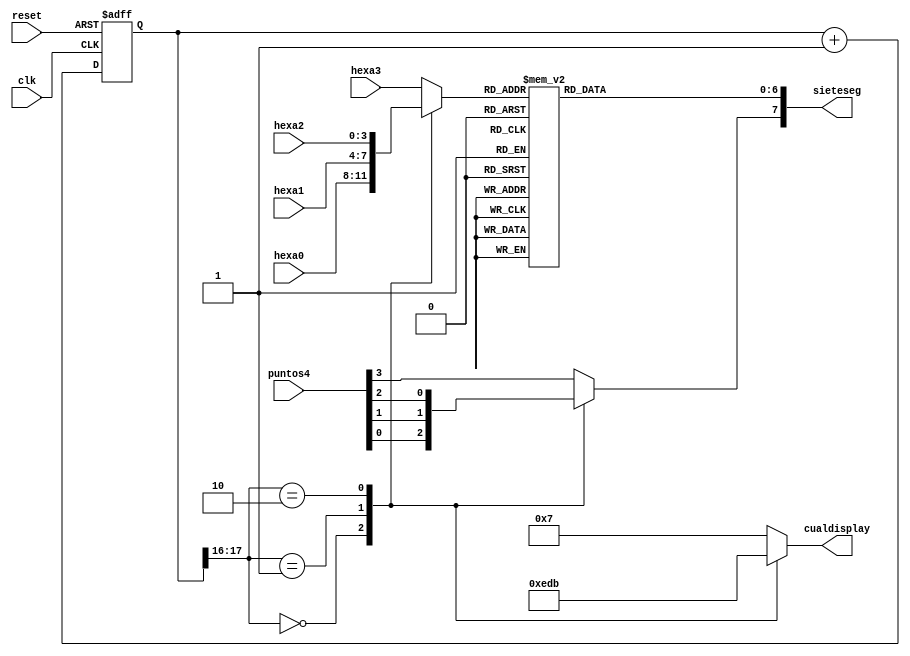
`timescale 1ns / 1ps
//////////////////////////////////////////////////////////////////////////////////
// Company: 
// Engineer: 
// 
// Design Name: 
// Module Name:    Timemultiplexhexa 
// Project Name: 
// Target Devices: 
// Tool versions: 
// Description: 
//
// Dependencies: 
//
// Revision: 
// Revision 0.01 - File Created
// Additional Comments: 
//
//////////////////////////////////////////////////////////////////////////////////
module Timemultiplexhexa
	(
		input wire clk, reset,
		input wire [3:0] hexa3, hexa2, hexa1, hexa0, //numeros en hexa
		input wire [3:0] puntos4,//Los puntos de cada display
		output reg [3:0] cualdisplay, //Habilita el display que se ocupe
		output reg [7:0] sieteseg //Leds de display
    );
//Declaracion de contsnates 
//Rango de refresco de 800Hz
localparam N=18;
//Declaracion de seales internas
reg [N-1:0] estadoactual;
wire [N-1:0] estadosig;
reg [3:0] hexaentrante;
reg punto;

//Contador de N-bits
always @(posedge clk, posedge reset)
	if (reset)
		estadoactual <= 0;
	else
		estadoactual <= estadosig;
//Logica estado siguiente
assign estadosig = estadoactual+1'b1;
//Los 2 MSB's controlan el mux
always@*
	case(estadoactual[N-1:N-2])
		2'b00:
			begin
				cualdisplay = 4'b1110;
				hexaentrante = hexa0;
				punto = puntos4[0];
			end
		2'b01:
			begin
				cualdisplay = 4'b1101;
				hexaentrante = hexa1;
				punto = puntos4[1];
			end
		2'b10:
			begin
				cualdisplay = 4'b1011;
				hexaentrante = hexa2;
				punto = puntos4[2];
			end
		default:
			begin
				cualdisplay = 4'b0111;
				hexaentrante = hexa3;
				punto = puntos4[3];
			end
	endcase

//Hexa a 7 segmentos led display
always @*
begin 
	case (hexaentrante)
		4'h0: sieteseg [6:0] = 7'b1000000;
		4'h1: sieteseg [6:0] = 7'b0000111;
		4'h2: sieteseg [6:0] = 7'b0100100;
		4'h3: sieteseg [6:0] = 7'b0110000;
		4'h4: sieteseg [6:0] = 7'b0001100;
		4'h5: sieteseg [6:0] = 7'b0010010;
		4'h6: sieteseg [6:0] = 7'b1111111;
		4'h7: sieteseg [6:0] = 7'b0001001;
		4'h8: sieteseg [6:0] = 7'b1000001;
		4'h9: sieteseg [6:0] = 7'b0000100;
		4'ha: sieteseg [6:0] = 7'b0001000;
		4'hb: sieteseg [6:0] = 7'b1100000;
		4'hc: sieteseg [6:0] = 7'b0110001;
		4'hd: sieteseg [6:0] = 7'b1000010;
		4'he: sieteseg [6:0] = 7'b0000110;
		default: sieteseg [6:0] = 7'b0001110;			
	endcase
	sieteseg[7] = punto;
end
endmodule